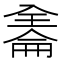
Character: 𠓹